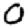
Digit: 0